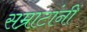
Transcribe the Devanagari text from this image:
सम्राटांनीं